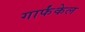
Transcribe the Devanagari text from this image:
गार्फंकेल